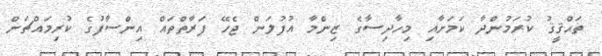
ތަޙްޤީޤު ކުރަމުންދާ ކަމަށާއި މިހާދިސާގެ ޒިންމާ އުފުލަން ޖެހޭ ފަރާތްތައް އިންސާފުގެ ކުރިމައްޗަށް